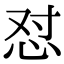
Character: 怼